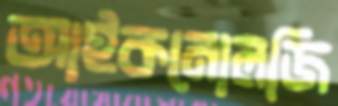
আইকনোলজি